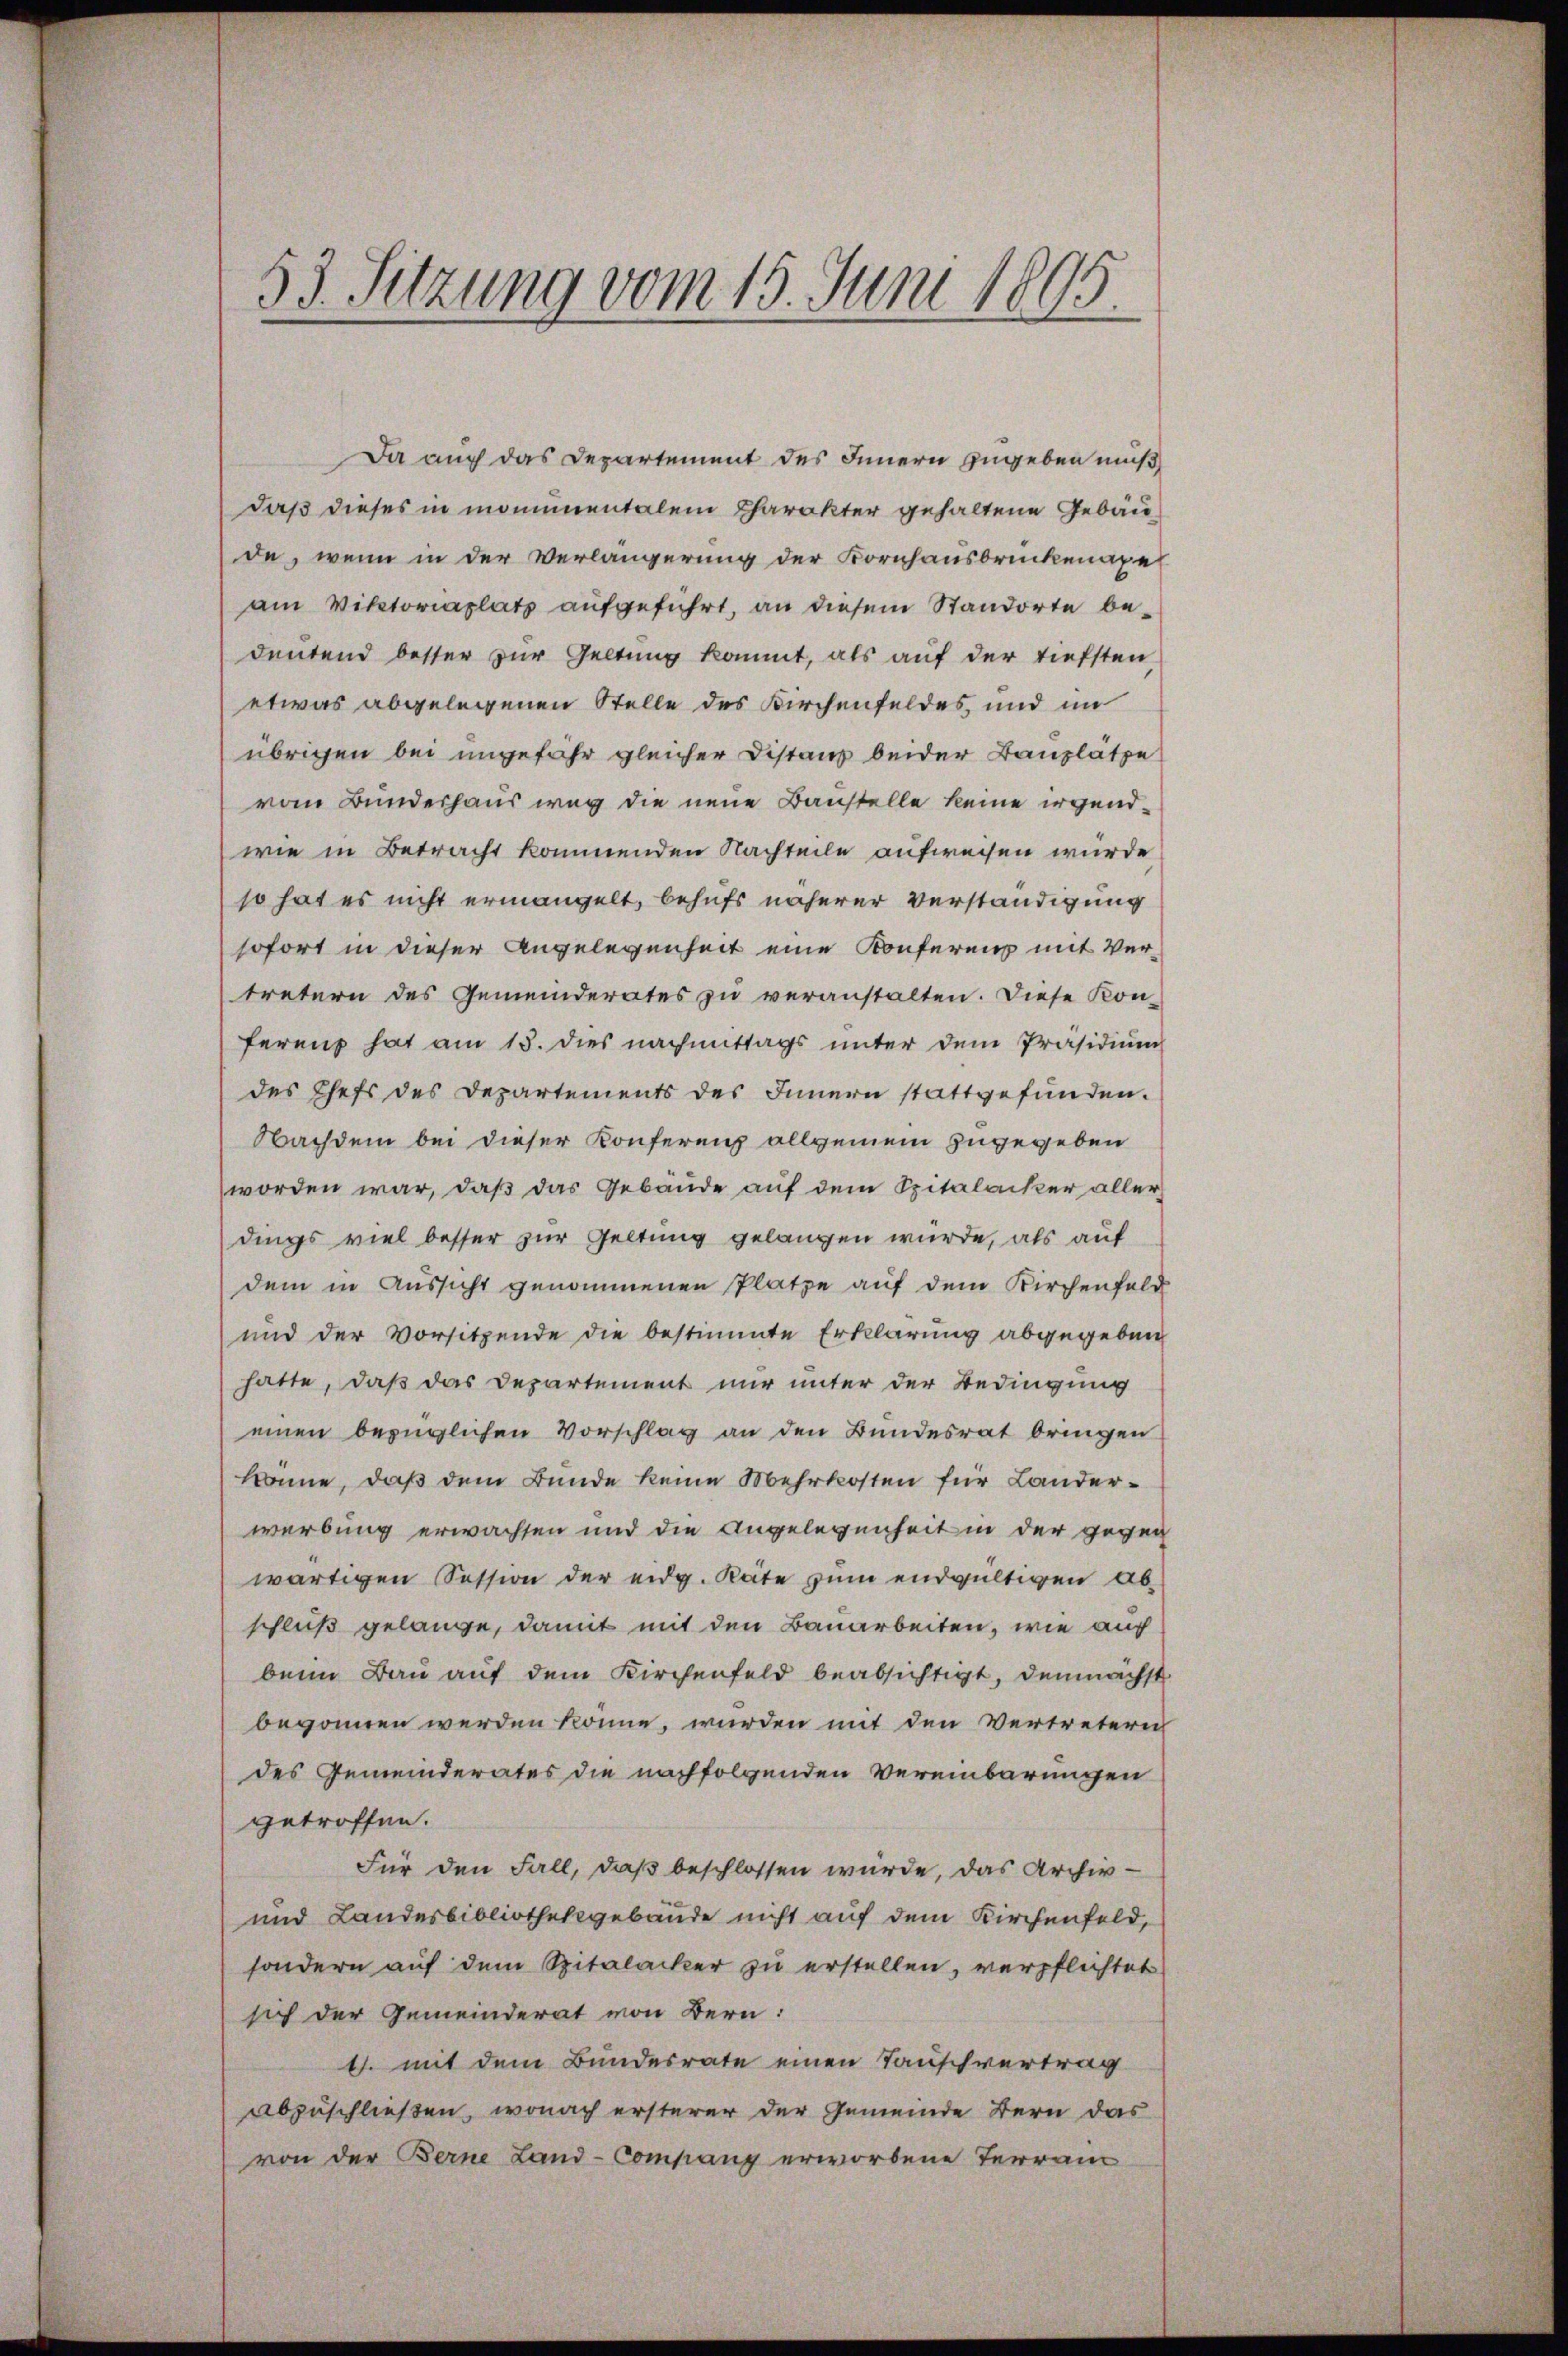
5
53. Sitzung vom 15. Juni 184

Da auch das Departement des Innern zugeben muß
daß dieses in momunentalem Charakter gehaltene Gebäude, wenn in der Verlängerung der Kornhausbrückenapel
am Viktoriaplatz aufgeführt, an diesem Standorte bedeutend besser zur Geltung kommt, als auf der tiefsten,
etwas abgelegenen Stelle des Kirchenfeldes, und im
übrigen bei ungefähr gleicher Distanz beider Bauplätze
vom Bunderhaus weg die neue Baustelle keine irgendwie in Betracht kommenden Nachteile aufweisen wurde
so hat es nicht ermangelt, behufs näherer Verständigung
sofort in dieser Angelegenheit eine Konferenz mit Vertretern des Gemeinderates zŭ veranstalten. Diese Kon-
ferenz hat am 13. dies nachmittags ŭnter dem Präsidiŭm
des Chefs des Departements des Innern stattgefunden.
Nachdem bei dieser Konferenz allgemein zugegeben
worden war, daß das Gebäude auf dem Spitalacker aller
dings viel besser zur Geltung gelangen würde, als auf
dem in Aussicht genommenen Platze auf dem Kirchenfeld
und der Vorsitzende die bestimmte Erklärung abgegeben
hatte, daß das Departement nur unter der Bedingung
einen bezüglichen Vorschlag an den Bundesrat bringen
könne, daß dem Bunde keine Mehrkosten für Landerwerbung erwachsen und die Angelegenheit in der gegen
wärtigen Session der eidg. Räte zum endgültigen abschluß gelange, damit mit den Bauarbeiten, wie auch
beim Bau auf dem Kirchenfeld beabsichtigt, demnächst
begonnen werden könne, wurden mit den Vertretern
des Gemeinderates die nachfolgenden Vereinbarungen
getroffen.
Für den Fall, daß beschlossen würde, das Archiv-
und Landesbibliothekgebäude nicht auf dem Kirchenfeld,
sondern auf dem Spitalacker zu erstellen, verpflichtet
sich der Gemeinderat von Bern:
4. mit dem Bundesrate einen Tauschvertrag
abzuschließen, wonach ersterer der Gemeinde Bern das
von der Berne Land-Company erworbene Terrain